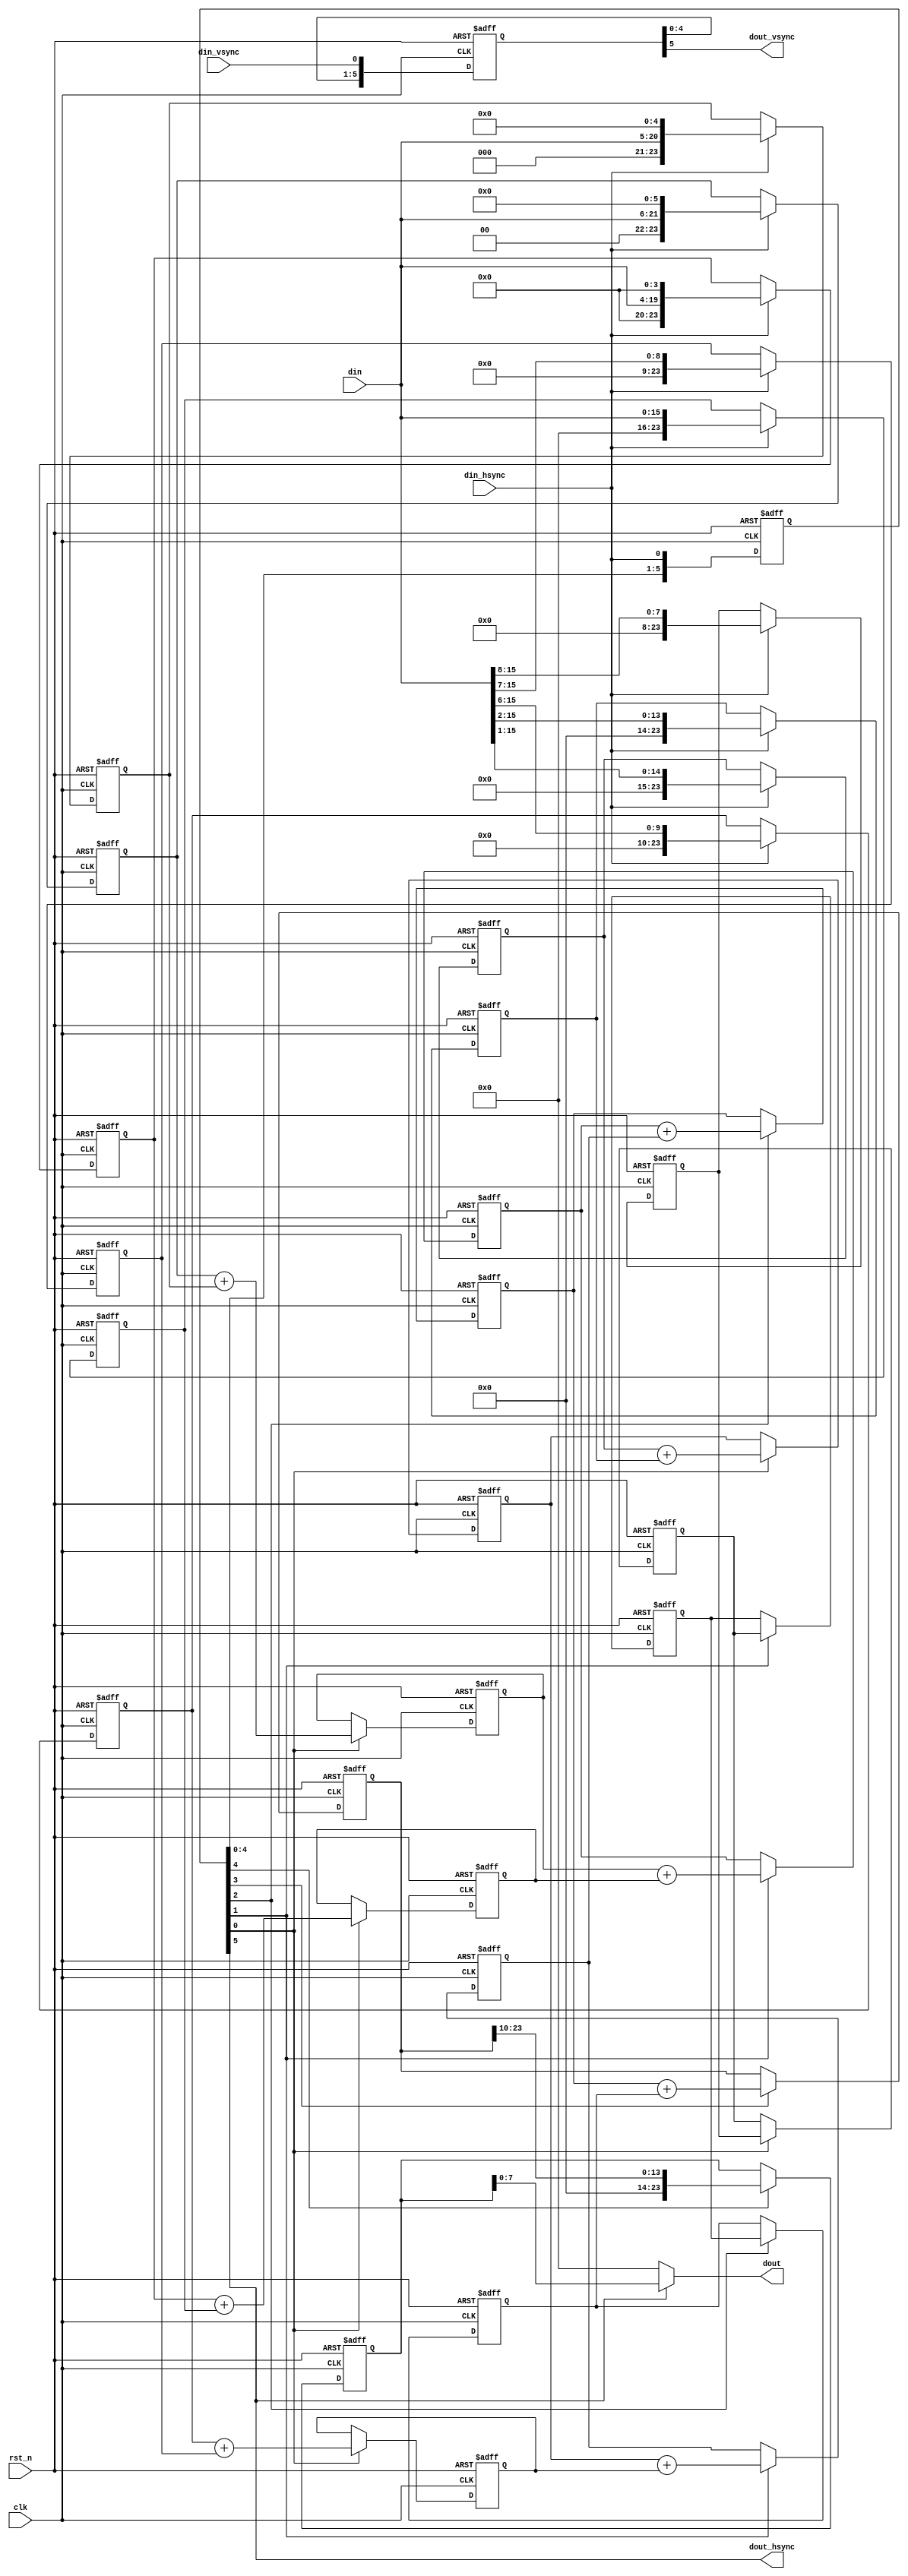
module div_avg(
	// 系统信号
	clk						,	// 时钟（clock）
	rst_n					,	// 复位（reset）
	
	// 二维求和后的信号
	din_vsync				,	// 输入数据场有效信号
	din_hsync				,	// 输入数据行有效信号
	din						,	// 输入数据（与 输入数据行有效信号 同步）
	
	// 求平均值后的信号
	dout_vsync				,	// 输出数据场有效信号
	dout_hsync				,	// 输出数据行有效信号
	dout					 	// 输出数据（与 输出数据行有效信号 同步）
	);
	
	// *******************************************参数声明***************************************
	// 核参数
	parameter	KSZ				=	'd3				;	// 核尺寸（正方形核的边长）（kernel size）（可选择3,5,7）
	
	// 视频数据流参数
	parameter	DW				=	'd8				;	// 输出数据位宽
	// ******************************************************************************************
	
	
	// *******************************************端口声明***************************************
	// 系统信号
	input						clk						;	// 时钟（clock）
	input						rst_n					;	// 复位（reset）
	
	// 二维求和后的信号
	input						din_vsync				;	// 输入数据场有效信号
	input						din_hsync				;	// 输入数据行有效信号
	input		[2*DW-1:0]		din						;	// 输入数据（与 输入数据行有效信号 同步）
	
	// 求平均值后的信号
	output						dout_vsync				;	// 输出数据场有效信号
	output						dout_hsync				;	// 输出数据行有效信号
	output		[DW-1:0]		dout					; 	// 输出数据（与 输出数据行有效信号 同步）
	// *******************************************************************************************
	
	
	// *****************************************内部信号声明**************************************
	// for循环计数
	integer						i						;	// for循环计数值
	
	// 二维求和后的信号 打拍
	reg			[5:0]			din_vsync_r_arr			;	// 输入数据场有效信号 打拍（共6拍）
	reg			[5:0]			din_hsync_r_arr			;	// 输入数据行有效信号 打拍（共6拍）
	
	// 第一级流水线结果
	// 左移
	reg			[3*DW-1:0]		din_l_shift_6			;	// 输入数据左移6位
	reg			[3*DW-1:0]		din_l_shift_5			;	// 输入数据左移5位
	reg			[3*DW-1:0]		din_l_shift_4			;	// 输入数据左移4位
	reg			[3*DW-1:0]		din_l_shift_3			;	// 输入数据左移3位
	reg			[3*DW-1:0]		din_l_shift_2			;	// 输入数据左移2位
	reg			[3*DW-1:0]		din_l_shift_0			;	// 输入数据左移0位
	// 右移
	reg			[3*DW-1:0]		din_r_shift_1			;	// 输入数据右移1位
	reg			[3*DW-1:0]		din_r_shift_2			;	// 输入数据右移2位
	reg			[3*DW-1:0]		din_r_shift_3			;	// 输入数据右移3位
	reg			[3*DW-1:0]		din_r_shift_4			;	// 输入数据右移4位
	reg			[3*DW-1:0]		din_r_shift_6			;	// 输入数据右移6位
	reg			[3*DW-1:0]		din_r_shift_7			;	// 输入数据右移7位
	reg			[3*DW-1:0]		din_r_shift_8			;	// 输入数据右移8位
	
	// 第二级流水线结果
	reg			[3*DW-1:0]		add_ls6_ls5				;	// 输入数据左移6位 与 输入数据左移5位 的和
	reg			[3*DW-1:0]		add_ls5_ls3				;	// 输入数据左移5位 与 输入数据左移3位 的和
	reg			[3*DW-1:0]		add_ls4_ls2				;	// 输入数据左移4位 与 输入数据左移2位 的和
	reg			[3*DW-1:0]		add_ls4_ls0				;	// 输入数据左移4位 与 输入数据左移0位 的和
	reg			[3*DW-1:0]		add_rs1_rs2				;	// 输入数据右移1位 与 输入数据右移2位 的和
	reg			[3*DW-1:0]		add_rs3_rs4				;	// 输入数据右移3位 与 输入数据右移4位 的和
	reg			[3*DW-1:0]		add_rs3_rs6				;	// 输入数据右移3位 与 输入数据右移6位 的和
	reg			[3*DW-1:0]		add_rs6_rs7				;	// 输入数据右移6位 与 输入数据右移7位 的和
	reg			[3*DW-1:0]		add_rs8_0				;	// 输入数据右移8位 与 0 的和
	
	// 其他中间级流水线结果
	reg			[3*DW-1:0]		add_temp1				;	// 上一级流水线相邻数据相加的和1
	reg			[3*DW-1:0]		add_temp2				;	// 上一级流水线相邻数据相加的和2
	reg			[3*DW-1:0]		add_temp3				;	// 上一级流水线相邻数据相加的和3
	reg			[3*DW-1:0]		add_temp4				;	// 上一级流水线相邻数据相加的和4
	reg			[3*DW-1:0]		add_temp5				;	// 上一级流水线相邻数据相加的和5
	
	// 倒数第二级流水线结果
	reg			[3*DW-1:0]		add_result				;	// 上一级流水线相邻数据相加的和
	
	// 倒数第一级流水线结果
	reg			[3*DW-1:0]		r_shift_result			;	// 上一级流水线右移10位
	// *******************************************************************************************
	
	
	// 二维求和后的信号 打拍
	always @(posedge clk, negedge rst_n)
	begin
		if(!rst_n)
		begin
			for(i=0; i<=5; i=i+1)
			begin
				din_vsync_r_arr[i] <= 1'b0;
				din_hsync_r_arr[i] <= 1'b0;
			end
		end
		else
		begin
			din_vsync_r_arr[0] <= din_vsync;
			din_hsync_r_arr[0] <= din_hsync;
			for(i=1; i<=5; i=i+1)
			begin
				din_vsync_r_arr[i] <= din_vsync_r_arr[i-1];
				din_hsync_r_arr[i] <= din_hsync_r_arr[i-1];
			end
		end
	end
	
	
	// 流水线计算平均值
	generate
	begin
	
		// ---当核尺寸为3时---
		// 平均值 = sum / (3*3) = sum / 9 = sum/(2^10) * ((2^10) / 9) = sum/(2^10) * 113.777778 = sum*(111_0001.1100_0111B)/(2^10)
		//        = (sum<<6 + sum<<5  + sum<<4  + sum<<0  + sum>>1  + sum>>2  + sum>>6  + sum>>7  + sum>>8) >> 10
		if(KSZ == 3)
		begin: div_ksz_3
			// 第一级流水线：移位
			always @(posedge clk, negedge rst_n)
			begin
				if(!rst_n)
				begin
					din_l_shift_6 <= 1'b0;
					din_l_shift_5 <= 1'b0;
					din_l_shift_4 <= 1'b0;
					din_l_shift_0 <= 1'b0;
					din_r_shift_1 <= 1'b0;
					din_r_shift_2 <= 1'b0;
					din_r_shift_6 <= 1'b0;
					din_r_shift_7 <= 1'b0;
					din_r_shift_8 <= 1'b0;
				end
				else if(din_hsync)
				begin
					din_l_shift_6 <= din<<6;
					din_l_shift_5 <= din<<5;
					din_l_shift_4 <= din<<4;
					din_l_shift_0 <= din;
					din_r_shift_1 <= din>>1;
					din_r_shift_2 <= din>>2;
					din_r_shift_6 <= din>>6;
					din_r_shift_7 <= din>>7;
					din_r_shift_8 <= din>>8;
				end
			end
			// 第二级流水线：加法
			always @(posedge clk, negedge rst_n)
			begin
				if(!rst_n)
				begin
					add_ls6_ls5 <= 1'b0;
					add_ls4_ls0 <= 1'b0;
					add_rs1_rs2 <= 1'b0;
					add_rs6_rs7 <= 1'b0;
					add_rs8_0 <= 1'b0;
				end
				else if(din_hsync_r_arr[0])
				begin
					add_ls6_ls5 <= din_l_shift_6 + din_l_shift_5;
					add_ls4_ls0 <= din_l_shift_4 + din_l_shift_0;
					add_rs1_rs2 <= din_r_shift_1 + din_r_shift_2;
					add_rs6_rs7 <= din_r_shift_6 + din_r_shift_7;
					add_rs8_0 <= din_r_shift_8;
				end
			end
			// 第三级流水线：加法
			always @(posedge clk, negedge rst_n)
			begin
				if(!rst_n)
				begin
					add_temp1 <= 1'b0;
					add_temp2 <= 1'b0;
					add_temp3 <= 1'b0;
				end
				else if(din_hsync_r_arr[1])
				begin
					add_temp1 <= add_ls6_ls5 + add_ls4_ls0;
					add_temp2 <= add_rs1_rs2 + add_rs6_rs7;
					add_temp3 <= add_rs8_0;
				end
			end
			// 第四级流水线：加法
			always @(posedge clk, negedge rst_n)
			begin
				if(!rst_n)
				begin
					add_temp4 <= 1'b0;
					add_temp5 <= 1'b0;
				end
				else if(din_hsync_r_arr[2])
				begin
					add_temp4 <= add_temp1 + add_temp2;
					add_temp5 <= add_temp3;
				end
			end
			// 第五级流水线：加法
			always @(posedge clk, negedge rst_n)
			begin
				if(!rst_n)
					add_result <= 1'b0;
				else if(din_hsync_r_arr[3])
					add_result <= add_temp4 + add_temp5;
			end
			// 第六级流水线：右移10位
			always @(posedge clk, negedge rst_n)
			begin
				if(!rst_n)
					r_shift_result <= 1'b0;
				else if(din_hsync_r_arr[4])
					r_shift_result <= add_result>>10;
			end
			
			// 最终结果输出
			assign	dout_vsync	=	din_vsync_r_arr[5]					;
			assign	dout_hsync	=	din_hsync_r_arr[5]					;
			assign	dout		=	dout_hsync ? r_shift_result	: 1'b0	;
		end
		// ------
		
		// ---当核尺寸为5时---
		// 平均值 = sum / (5*5) = sum / 25 = sum/(2^10) * ((2^10) / 25) = sum/(2^10) * 40.96 = sum*(10_1000.1111_0110B)/(2^10)
		//        = (sum<<5 + sum<<3  + sum>>1  + sum>>2  + sum>>3  + sum>>4  + sum>>6  + sum>>7) >> 10
		else if(KSZ == 5)
		begin: div_ksz_5
			// 第一级流水线：移位
			always @(posedge clk, negedge rst_n)
			begin
				if(!rst_n)
				begin
					din_l_shift_5 <= 1'b0;
					din_l_shift_3 <= 1'b0;
					din_r_shift_1 <= 1'b0;
					din_r_shift_2 <= 1'b0;
					din_r_shift_3 <= 1'b0;
					din_r_shift_4 <= 1'b0;
					din_r_shift_6 <= 1'b0;
					din_r_shift_7 <= 1'b0;
				end
				else if(din_hsync)
				begin
					din_l_shift_5 <= din<<5;
					din_l_shift_3 <= din<<3;
					din_r_shift_1 <= din>>1;
					din_r_shift_2 <= din>>2;
					din_r_shift_3 <= din>>3;
					din_r_shift_4 <= din>>4;
					din_r_shift_6 <= din>>6;
					din_r_shift_7 <= din>>7;
				end
			end
			// 第二级流水线：加法
			always @(posedge clk, negedge rst_n)
			begin
				if(!rst_n)
				begin
					add_ls5_ls3 <= 1'b0;
					add_rs1_rs2 <= 1'b0;
					add_rs3_rs4 <= 1'b0;
					add_rs6_rs7 <= 1'b0;
				end
				else if(din_hsync_r_arr[0])
				begin
					add_ls5_ls3 <= din_l_shift_5 + din_l_shift_3;
					add_rs1_rs2 <= din_r_shift_1 + din_r_shift_2;
					add_rs3_rs4 <= din_r_shift_3 + din_r_shift_4;
					add_rs6_rs7 <= din_r_shift_6 + din_r_shift_7;
				end
			end
			// 第三级流水线：加法
			always @(posedge clk, negedge rst_n)
			begin
				if(!rst_n)
				begin
					add_temp1 <= 1'b0;
					add_temp2 <= 1'b0;
				end
				else if(din_hsync_r_arr[1])
				begin
					add_temp1 <= add_ls5_ls3 + add_rs1_rs2;
					add_temp2 <= add_rs3_rs4 + add_rs6_rs7;
				end
			end
			// 第四级流水线：加法
			always @(posedge clk, negedge rst_n)
			begin
				if(!rst_n)
					add_result <= 1'b0;
				else if(din_hsync_r_arr[2])
					add_result <= add_temp1 + add_temp2;
			end
			// 第五级流水线：右移10位
			always @(posedge clk, negedge rst_n)
			begin
				if(!rst_n)
					r_shift_result <= 1'b0;
				else if(din_hsync_r_arr[3])
					r_shift_result <= add_result>>10;
			end
			
			// 最终结果输出
			assign	dout_vsync	=	din_vsync_r_arr[4]					;
			assign	dout_hsync	=	din_hsync_r_arr[4]					;
			assign	dout		=	dout_hsync ? r_shift_result	: 1'b0	;
		end
		// ------
		
		// ---当核尺寸为7时---
		// 平均值 = sum / (7*7) = sum / 49 = sum/(2^10) * ((2^10) / 49) = sum/(2^10) * 20.897959 = sum*(1_0100.1110_0101B)/(2^10)
		//        = (sum<<4 + sum<<2  + sum>>1  + sum>>2  + sum>>3 + sum>>6  + sum>>8) >> 10
		else if(KSZ == 7)
		begin: div_ksz_7
			// 第一级流水线：移位
			always @(posedge clk, negedge rst_n)
			begin
				if(!rst_n)
				begin
					din_l_shift_4 <= 1'b0;
					din_l_shift_2 <= 1'b0;
					din_r_shift_1 <= 1'b0;
					din_r_shift_2 <= 1'b0;
					din_r_shift_3 <= 1'b0;
					din_r_shift_6 <= 1'b0;
					din_r_shift_8 <= 1'b0;
				end
				else if(din_hsync)
				begin
					din_l_shift_4 <= din<<4;
					din_l_shift_2 <= din<<2;
					din_r_shift_1 <= din>>1;
					din_r_shift_2 <= din>>2;
					din_r_shift_3 <= din>>3;
					din_r_shift_6 <= din>>6;
					din_r_shift_8 <= din>>8;
				end
			end
			// 第二级流水线：加法
			always @(posedge clk, negedge rst_n)
			begin
				if(!rst_n)
				begin
					add_ls4_ls2 <= 1'b0;
					add_rs1_rs2 <= 1'b0;
					add_rs3_rs6 <= 1'b0;
					add_rs8_0 <= 1'b0;
				end
				else if(din_hsync_r_arr[0])
				begin
					add_ls4_ls2 <= din_l_shift_4 + din_l_shift_2;
					add_rs1_rs2 <= din_r_shift_1 + din_r_shift_2;
					add_rs3_rs6 <= din_r_shift_3 + din_r_shift_6;
					add_rs8_0 <= din_r_shift_8;
				end
			end
			// 第三级流水线：加法
			always @(posedge clk, negedge rst_n)
			begin
				if(!rst_n)
				begin
					add_temp1 <= 1'b0;
					add_temp2 <= 1'b0;
				end
				else if(din_hsync_r_arr[1])
				begin
					add_temp1 <= add_ls4_ls2 + add_rs1_rs2;
					add_temp2 <= add_rs3_rs6 + add_rs8_0;
				end
			end
			// 第四级流水线：加法
			always @(posedge clk, negedge rst_n)
			begin
				if(!rst_n)
					add_result <= 1'b0;
				else if(din_hsync_r_arr[2])
					add_result <= add_temp1 + add_temp2;
			end
			// 第五级流水线：右移10位
			always @(posedge clk, negedge rst_n)
			begin
				if(!rst_n)
					r_shift_result <= 1'b0;
				else if(din_hsync_r_arr[3])
					r_shift_result <= add_result>>10;
			end
			
			// 最终结果输出
			assign	dout_vsync	=	din_vsync_r_arr[4]					;
			assign	dout_hsync	=	din_hsync_r_arr[4]					;
			assign	dout		=	dout_hsync ? r_shift_result	: 1'b0	;
		end
		// ------
		
	end
	endgenerate
	
	
endmodule